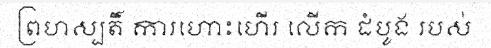
ព្រហស្បតិ៍ ការហោះហើរ លើក ដំបូង របស់